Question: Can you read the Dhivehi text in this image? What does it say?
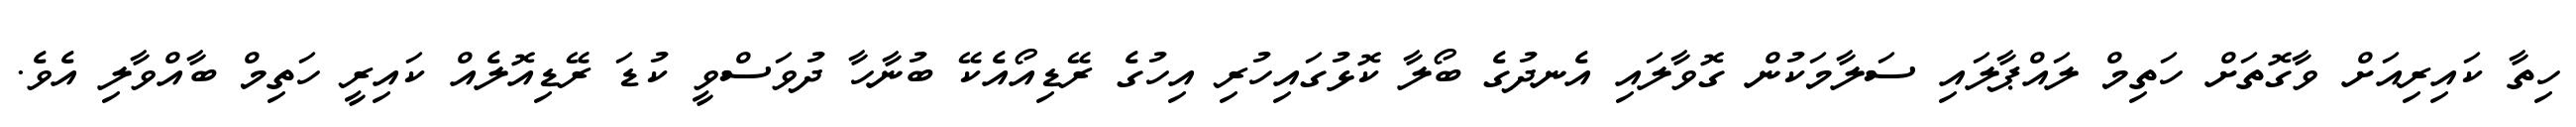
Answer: ހިތާ ކައިރިއަށް ވާގޮތަށް ހަތިމް ލައްޕާލައި ސަލާމަކުން ގޮވާލައި އެނދުގެ ބޯލާ ކޮޅުގައިހުރި އިހުގެ ރޭޑިއޯއެކޭ ބުނާހާ ދުވަސްވީ ކުޑަ ރޭޑިއޮލެއް ކައިރީ ހަތިމް ބާއްވާލި އެވެ.